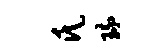
氏琉